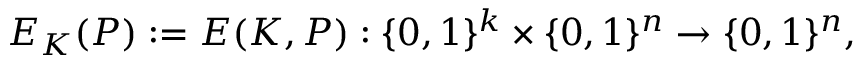
E _ { K } ( P ) : = E ( K , P ) : \{ 0 , 1 \} ^ { k } \times \{ 0 , 1 \} ^ { n } \rightarrow \{ 0 , 1 \} ^ { n } ,